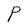
Character: P